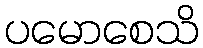
ပမောစေသိ